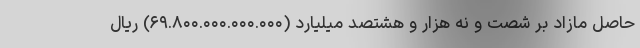
حاصل مازاد بر شصت و نه هزار و هشتصد میلیارد (۶۹.۸۰۰.۰۰۰.۰۰۰.۰۰۰) ریال